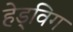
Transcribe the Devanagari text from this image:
हेड्विग